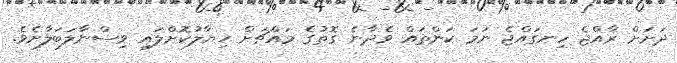
ދަށަށް ރާއްޖެ ހިނގައްޖެ ނަމަ ކަންތައް ވެދާނެ ގޮތުގެ މައްޗަށް ޚިޔާލުކޮށްލައި ވިސްނާލަބަލާށެވެ.